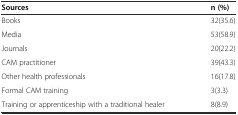
| Sources | n (%) |
 | --- | --- |
 | Books | 32(35.6) |
 | Media | 53(58.9) |
 | Journals | 20(22.2) |
 | CAM practitioner | 39(43.3) |
 | Other health professionals | 16(17.8) |
 | Formal CAM training | 3(3.3) |
 | Training or apprenticeship with a traditional healer | 8(8.9) |